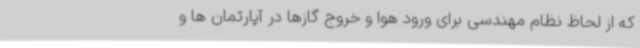
که از لحاظ نظام مهندسی برای ورود هوا و خروج گازها در آپارتمان ها و